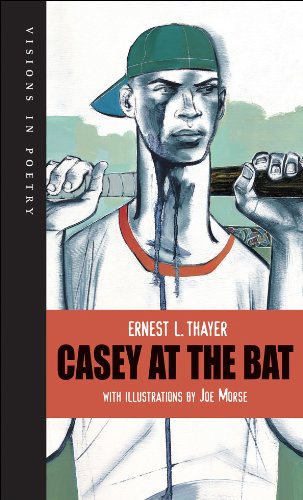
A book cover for Casey at the Bat (Visions in Poetry); Ernest L Thayer; Teen & Young Adult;